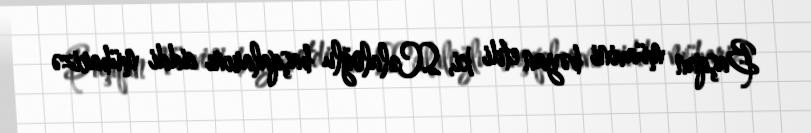
Başqan müavini bəyan etdi ki, S.Cəlaloğlu başqalarını ciddi mübarizə